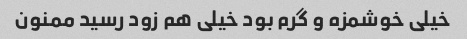
خیلی خوشمزه و گرم بود خیلی هم زود رسید ممنون